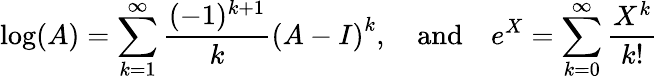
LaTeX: \log(A)=\sum_{k=1}^{\infty}{\frac{(-1)^{k+1}}{k}}{(A-I)}^{k},\quad{\mathrm{and}}\quad e^{X}=\sum_{k=0}^{\infty}{\frac{X^{k}}{k!}}